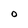
Character: O